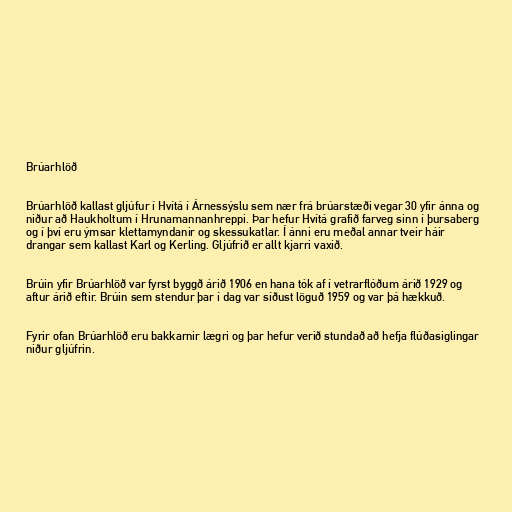
Brúarhlöð

Brúarhlöð kallast gljúfur í Hvítá í Árnessýslu sem nær frá brúarstæði vegar 30 yfir ánna og
niður að Haukholtum í Hrunamannanhreppi. Þar hefur Hvítá grafið farveg sinn í þursaberg
og í því eru ýmsar klettamyndanir og skessukatlar. Í ánni eru meðal annar tveir háir
drangar sem kallast Karl og Kerling. Gljúfrið er allt kjarri vaxið.

Brúin yfir Brúarhlöð var fyrst byggð árið 1906 en hana tók af í vetrarflóðum árið 1929 og
aftur árið eftir. Brúin sem stendur þar í dag var síðust löguð 1959 og var þá hækkuð.

Fyrir ofan Brúarhlöð eru bakkarnir lægri og þar hefur verið stundað að hefja flúðasiglingar
niður gljúfrin.